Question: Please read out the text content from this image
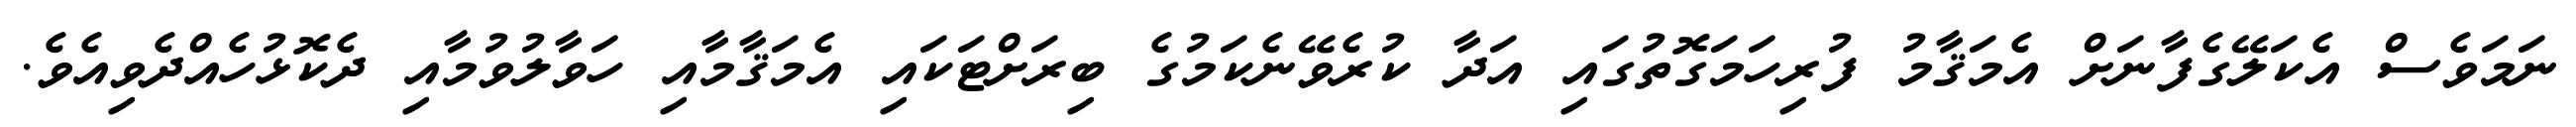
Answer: ނަމަވެސް އެކަލޭގެފާނަށް އެމަޤާމު ފުރިހަމަގޮތުގައި އަދާ ކުރެވޭނެކަމުގެ ބިރަށްޓަކައި އެމަޤާމާއި ހަވާލުވުމާއި ދެކޮޅުހެއްދެވިއެވެ.